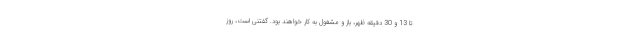
تا 13 و 30 دقیقه ظهر، باز و مشغول به کار خواهند بود. گفتنی است، روز